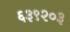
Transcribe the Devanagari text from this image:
६३९२०३